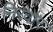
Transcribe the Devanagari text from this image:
निरवार